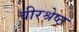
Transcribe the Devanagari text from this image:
वीरश्रेष्ठ